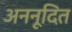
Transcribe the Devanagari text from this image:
अननूदित